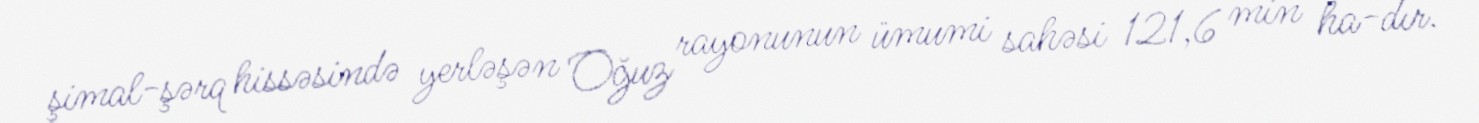
şimal-şərq hissəsində yerləşən Oğuz rayonunun ümumi sahəsi 121,6 min ha-dır.